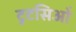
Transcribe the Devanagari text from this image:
टुटसिओं